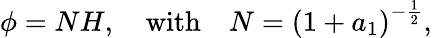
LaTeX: \phi=NH,\quad\mathrm{with}\quad N={\left(1+a_{1}\right)}^{-\frac{1}{2}},